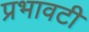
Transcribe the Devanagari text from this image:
प्रभावटी